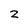
Character: 2